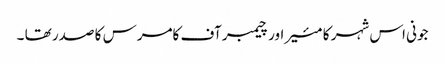
جونی اس شہر کا مئیر اور چیمبر آف کامرس کا صدر تھا ۔